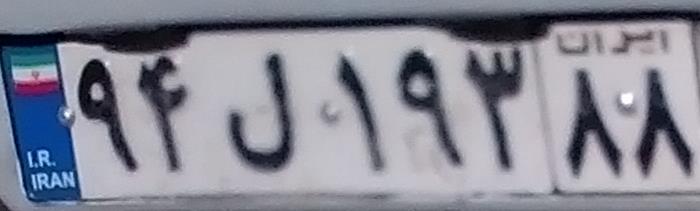
۹۴ل۱۹۳۸۸